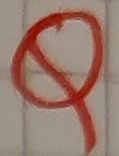
Text: Q